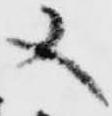
又